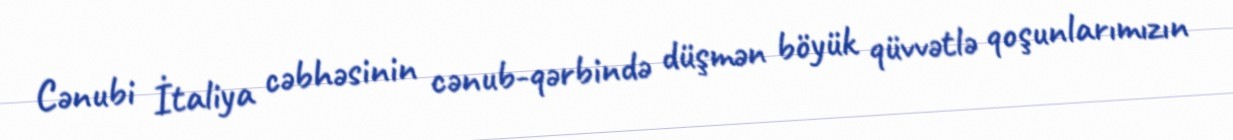
Cənubi İtaliya cəbhəsinin cənub-qərbində düşmən böyük qüvvətlə qoşunlarımızın